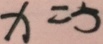
x = 5